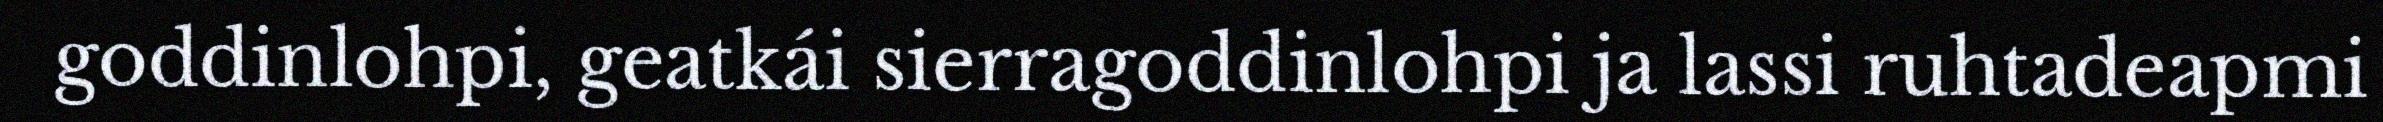
goddinlohpi, geatkái sierragoddinlohpi ja lassi ruhtadeapmi